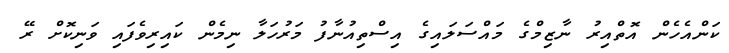
ކަންއެހެން އޮތްއިރު ނާޒިމްގެ މައްސަލައިގެ އިސްތިއުނާފު މަރުހަލާ ނިމެން ކައިރިވެފައި ވަނިކޮށް ރޭ